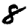
Digit: 8